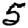
Digit: 5